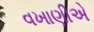
વખાણીએ